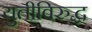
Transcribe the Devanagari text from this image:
युतीविरुद्ध